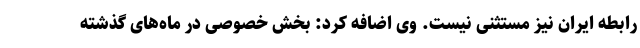
رابطه ایران نیز مستثنی نیست. وی اضافه کرد: بخش خصوصی در ماه‌های گذشته